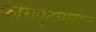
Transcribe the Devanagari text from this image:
कोरापूटपासून